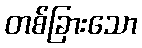
တစ်ခြားသော